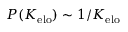
P ( K _ { \mathrm { e l o } } ) \sim 1 / K _ { \mathrm { e l o } }